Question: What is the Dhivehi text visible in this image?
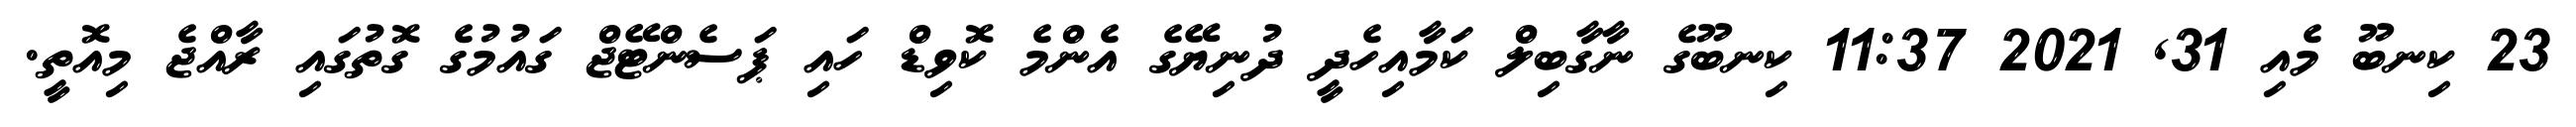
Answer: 23 ކިނބޫ މެއި 31, 2021 11:37 ކިނބޫގެ ނާގާބިލް ކަމާއިހެދީ ދުނިޔޭގެ އެންމެ ކޮވިޑް ހައި ޕަސެންޓޭޖް ގައުމުގެ ގޮތުގައި ރާއްޖެ މިއޮތީ.